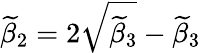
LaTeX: \widetilde{\beta}_{2}=2\sqrt{\widetilde{\beta}_{3}}-\widetilde{\beta}_{3}